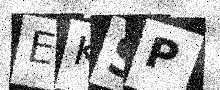
Text: EKSP